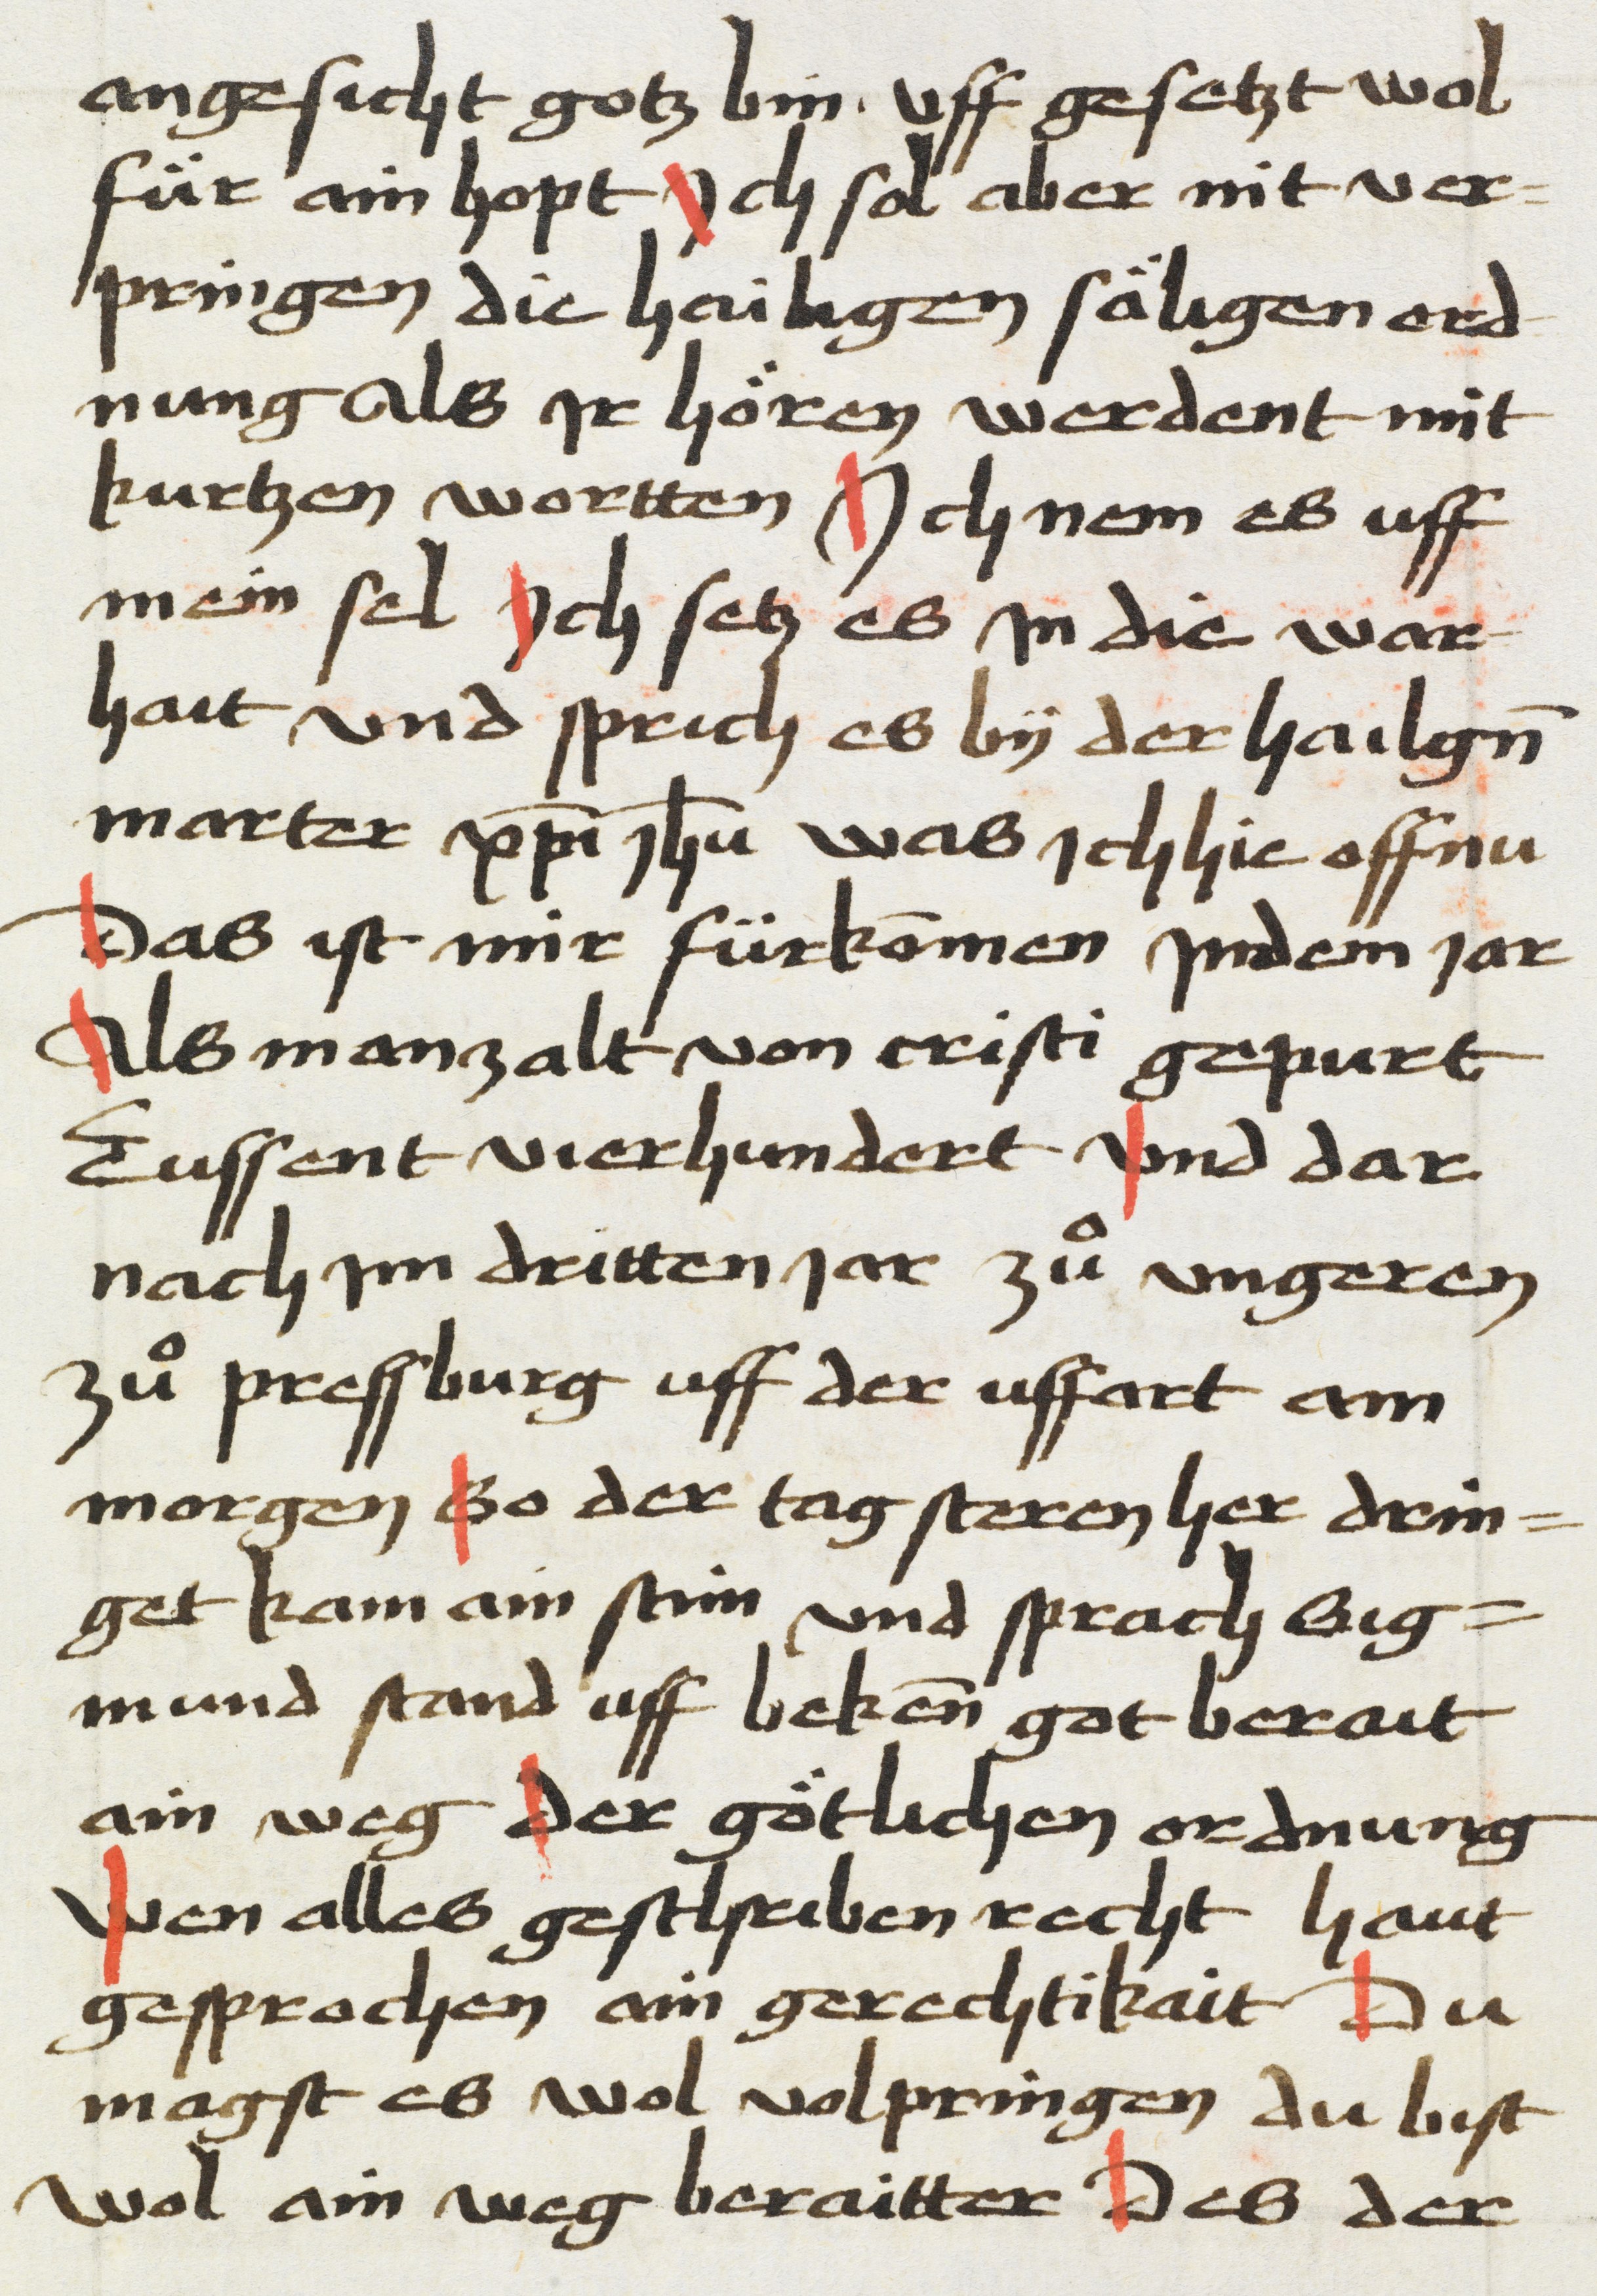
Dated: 1469–1469